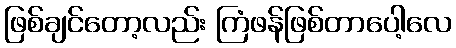
ဖြစ်ချင်တော့လည်း ကြံဖန်ဖြစ်တာပေါ့လေ